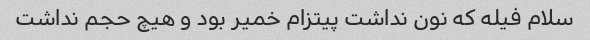
سلام فیله که نون نداشت پیتزام خمیر بود و هیچ حجم نداشت